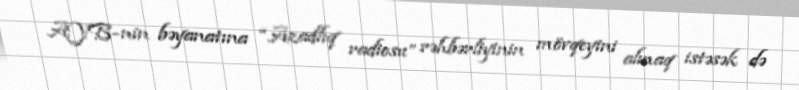
AYB-nin bəyanatına “Azadlıq radiosu” rəhbərliyinin mövqeyini almaq istəsək də